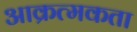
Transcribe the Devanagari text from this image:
आक्रत्मकता